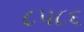
૮૫૮૬